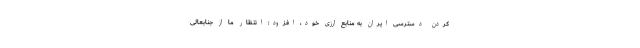
کردن دسترسی ایران به منابع ارزی خود، افزود: انتظار ما از جنابعالی